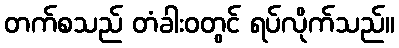
တက်စသည် တံခါးဝတွင် ရပ်လိုက်သည်။